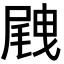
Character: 𡲭